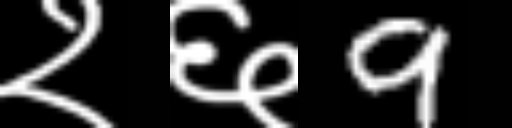
Text: २६9